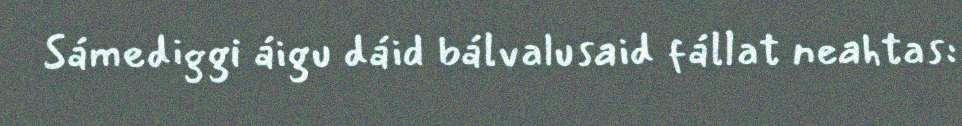
Sámediggi áigu dáid bálvalusaid fállat neahtas: